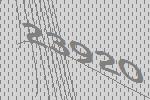
23920